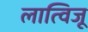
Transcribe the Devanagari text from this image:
लात्विजू